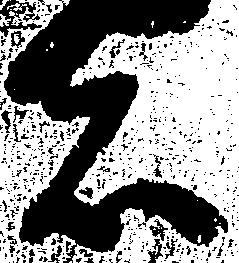
者